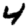
Digit: 4